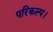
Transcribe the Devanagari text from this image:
परिकल्प।